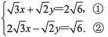
$$\begin{cases} \sqrt { 3 } x + \sqrt { 2 } y = 2 \sqrt { 6 }$$, ①\\